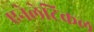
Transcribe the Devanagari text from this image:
एनेलेटिकल